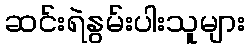
ဆင်းရဲနွမ်းပါးသူများ